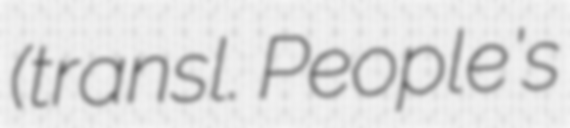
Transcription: (transl. People's